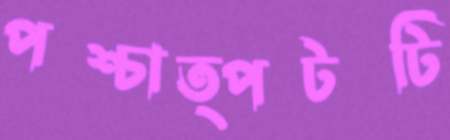
পশ্চাত্পটটি